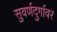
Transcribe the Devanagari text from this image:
सुवर्णदुर्गावर